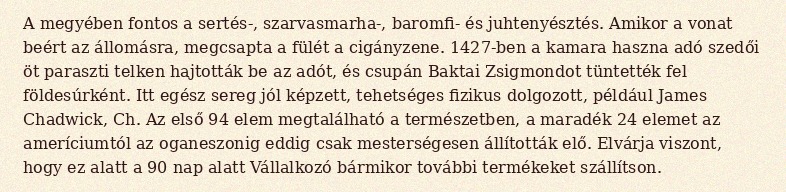
A megyében fontos a sertés-, szarvasmarha-, baromfi- és juhtenyésztés. Amikor a vonat beért az állomásra, megcsapta a fülét a cigányzene. 1427-ben a kamara haszna adó szedői öt paraszti telken hajtották be az adót, és csupán Baktai Zsigmondot tüntették fel földesúrként. Itt egész sereg jól képzett, tehetséges fizikus dolgozott, például James Chadwick, Ch. Az első 94 elem megtalálható a természetben, a maradék 24 elemet az ameríciumtól az oganeszonig eddig csak mesterségesen állították elő. Elvárja viszont, hogy ez alatt a 90 nap alatt Vállalkozó bármikor további termékeket szállítson.